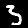
Digit: 3